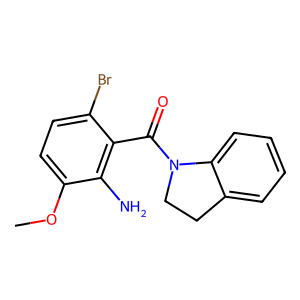
SMILES: COc1ccc(Br)c(C(=O)N2CCc3ccccc32)c1N
Inhibits HIV replication: No